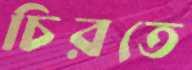
চিরতে